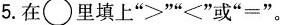
5.在\bigcirc 里填上”>””<”或”=”。